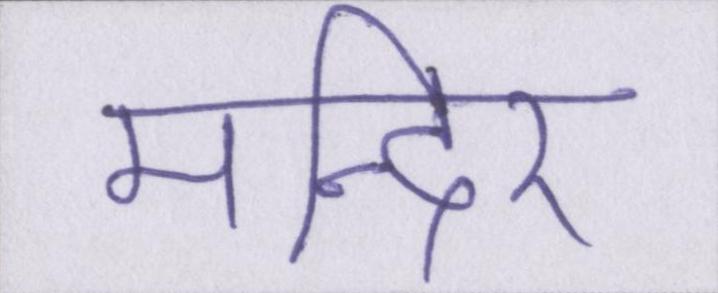
मन्दिर